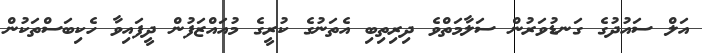
އަލް ސައުދުގެ ގަނޑުވަރުން ސަލާމަތްވެ ދިރިތިބި އެތަނުގެ ކުރީގެ މުއައްޒަފުން ދީފައިވާ ހެކިބަސްތަކުން